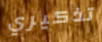
تذكيري